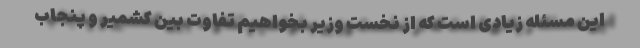
این مسئله زیادی است که از نخست وزیر بخواهیم تفاوت بین کشمیر و پنجاب